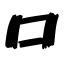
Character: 口